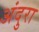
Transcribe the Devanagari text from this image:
अंदुरा